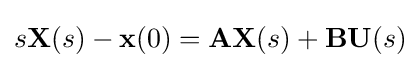
s\mathbf {X} (s)-\mathbf {x} (0)=\mathbf {A} \mathbf {X} (s)+\mathbf {B} \mathbf {U} (s)